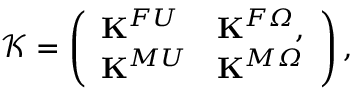
\mathcal { K } = \left( \begin{array} { l l } { { \bf K } ^ { F U } } & { { \bf K } ^ { F \itOmega } , } \\ { { \bf K } ^ { M U } } & { { \bf K } ^ { M \itOmega } } \end{array} \right) ,